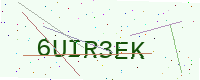
Text: 6UIR3EK